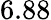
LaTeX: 6.88